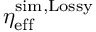
\eta _ { \mathrm { e f f } } ^ { \mathrm { s i m , L o s s y } }